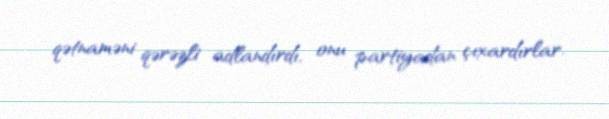
qətnaməni qərəzli adlandırdı, onu partiyadan çıxardırlar.